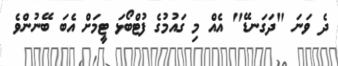
ދެ ވަނަ "ދަގަނޑޭ" އެއް މި ގައުމުގެ ފުޓްބޯޅަ ޓީމަށް އެބަ ބޭނުންވެ